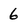
Character: 6